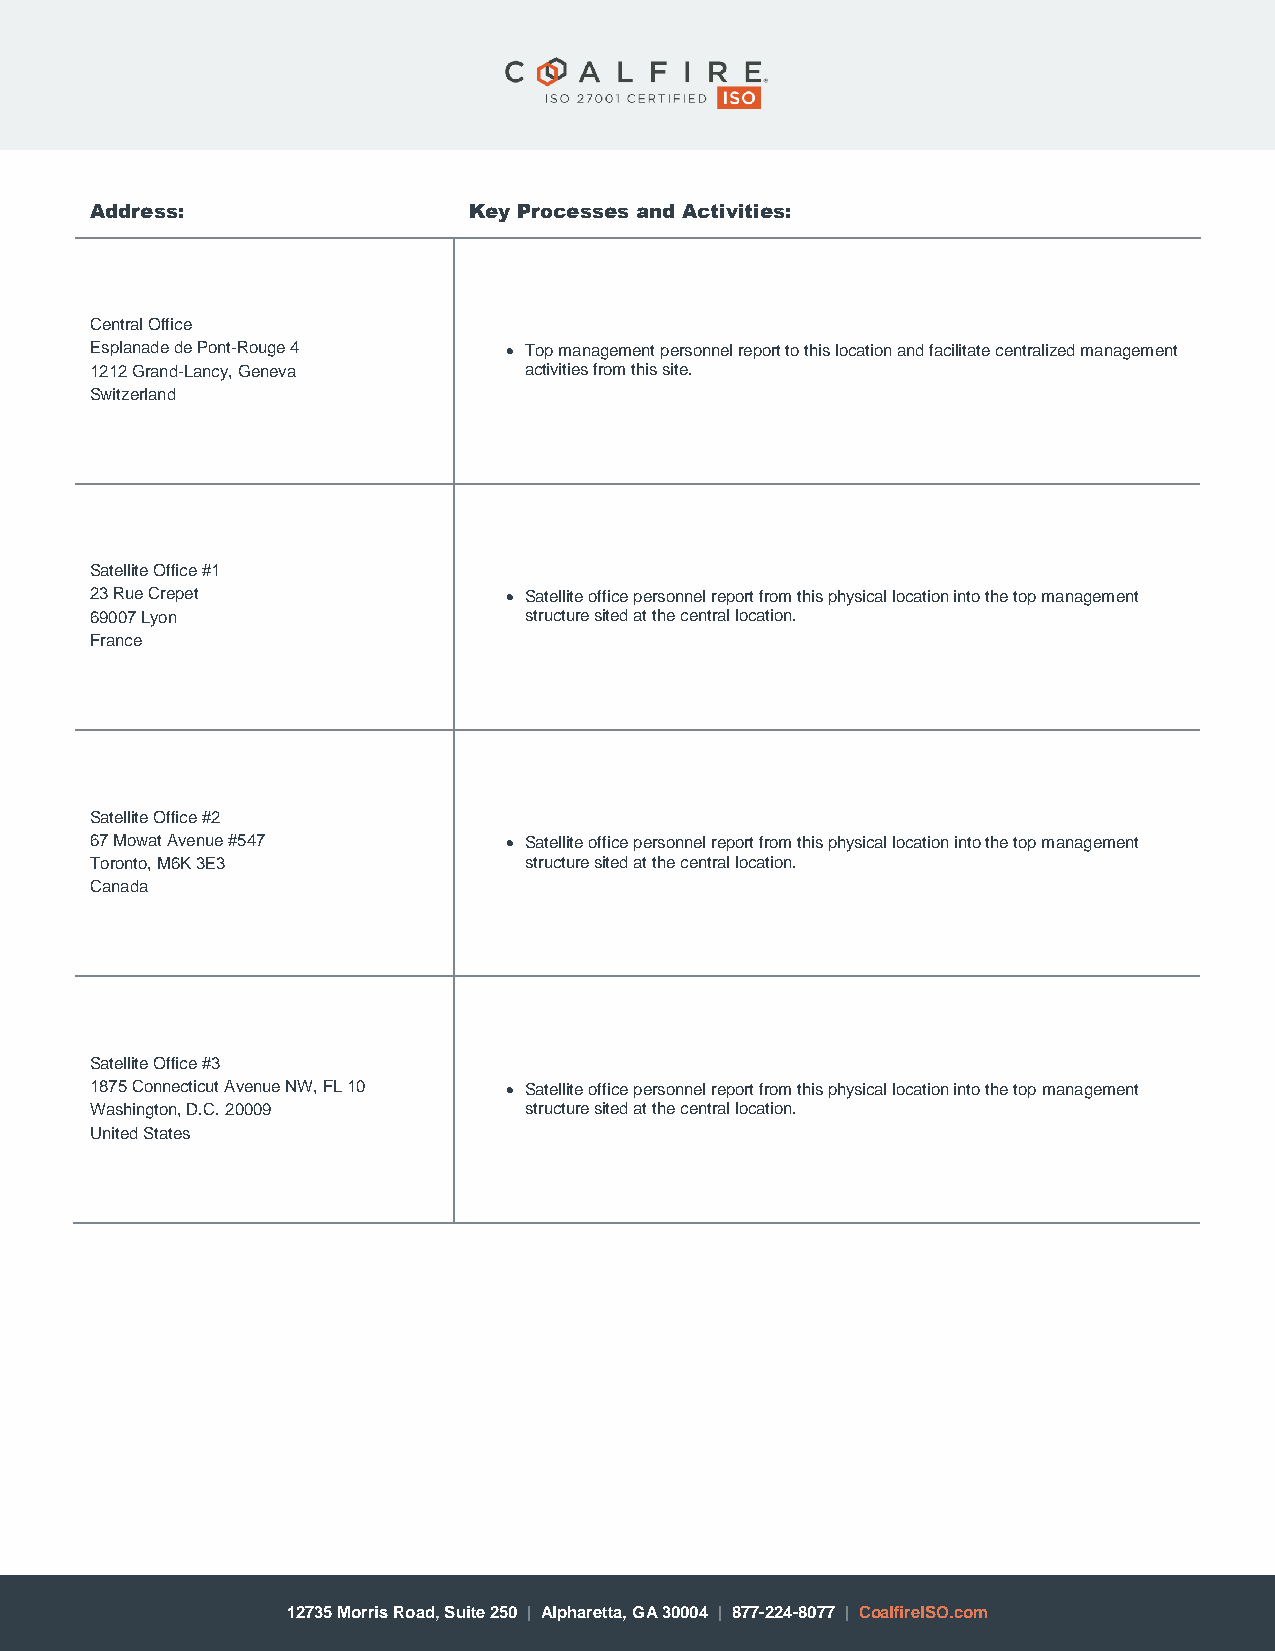
Address:                 Key Processes and Activities:
 Central Office
 Esplanade de Pont-Rouge 4   • Top management personnel report to this location and facilitate centralized management
 1212 Grand-Lancy, Geneva     activities from this site.
 Switzerland
 Satellite Office #1
 23 Rue Crepet               • Satellite office personnel report from this physical location into the top management
 69007 Lyon                   structure sited at the central location.
 France
 Satellite Office #2
 67 Mowat Avenue #547        • Satellite office personnel report from this physical location into the top management
 Toronto, M6K 3E3             structure sited at the central location.
 Canada
 Satellite Office #3
 1875 Connecticut Avenue NW, FL 10 • Satellite office personnel report from this physical location into the top management
 Washington, D.C. 20009       structure sited at the central location.
 United States
 12735 Morris Road, Suite 250 | Alpharetta, GA 30004 | 877-224-8077 | CoalfireISO.com